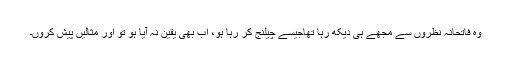
وہ فاتحانہ نظروں سے مجھے ہی دیکھ رہا تھاجیسے چیلنج کر رہا ہو، اب بھی یقین نہ آیا ہو تو اور مثالیں پیش کروں۔